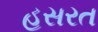
હસરત